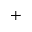
^ +